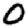
Digit: 0